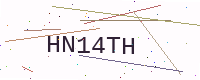
Text: HN14TH